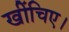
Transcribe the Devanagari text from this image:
खींचिए।